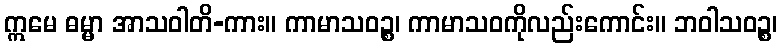
ဣမေ ဓမ္မာ အာသဝါတိ-ကား။ ကာမာသဝဉ္စ၊ ကာမာသဝကိုလည်းကောင်း။ ဘဝါသဝဉ္စ၊